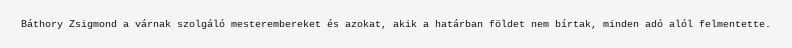
Báthory Zsigmond a várnak szolgáló mesterembereket és azokat, akik a határban földet nem bírtak, minden adó alól felmentette.